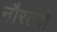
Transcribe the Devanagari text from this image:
नौरत्नों